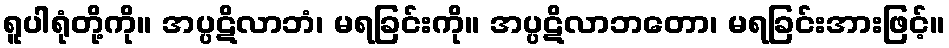
ရူပါရုံတို့ကို။ အပ္ပဋိလာဘံ၊ မရခြင်းကို။ အပ္ပဋိလာဘတော၊ မရခြင်းအားဖြင့်။